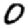
Digit: 0